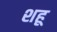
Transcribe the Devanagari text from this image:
शहू